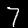
Label: 7